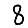
Digit: 8